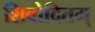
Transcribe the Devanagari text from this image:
शिवोदितम्